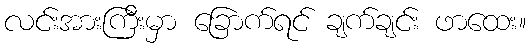
လင်းအားကြီးမှာ ခြောက်ရင် ချက်ချင်း ဖာထေး။